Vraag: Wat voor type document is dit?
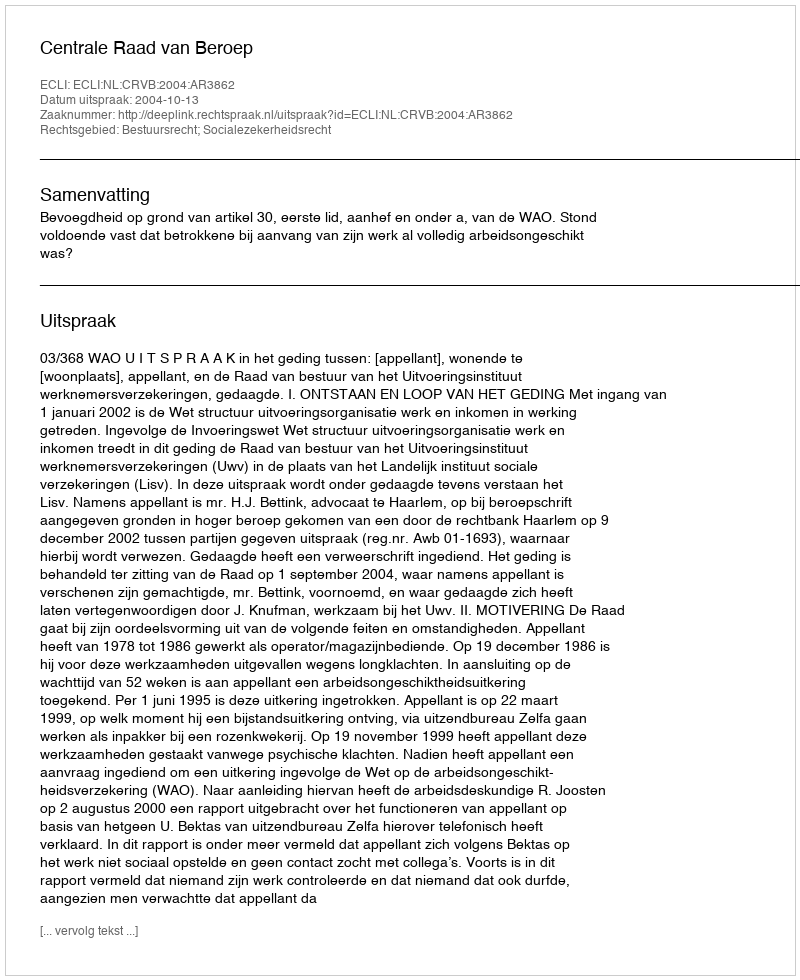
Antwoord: Uitspraak